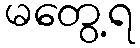
မတွေ့ရ